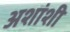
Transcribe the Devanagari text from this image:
अशांशी